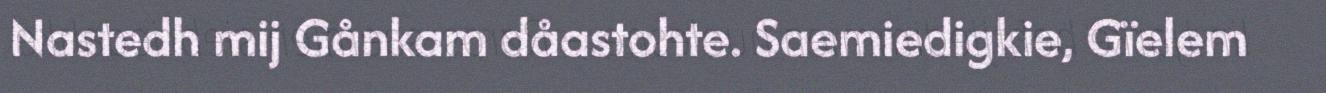
Nastedh mij Gånkam dåastohte. Saemiedigkie, Gïelem